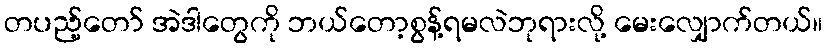
တပည့်တော် အဲဒါတွေကို ဘယ်တော့စွန့်ရမလဲဘုရားလို့ မေးလျှောက်တယ်။